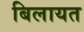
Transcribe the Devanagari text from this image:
बिलायत